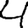
Digit: 4